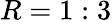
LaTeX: R=1:3